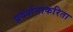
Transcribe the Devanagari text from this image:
प्रदर्शनाकरिता